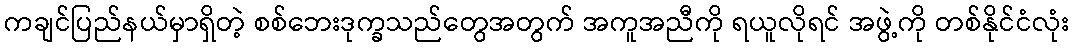
ကချင်ပြည်နယ်မှာရှိတဲ့ စစ်ဘေးဒုက္ခသည်တွေအတွက် အကူအညီကို ရယူလိုရင် အဖွဲ့ကို တစ်နိုင်ငံလုံး